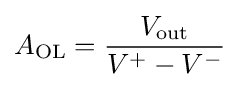
A_{\text{OL}}={\frac {V_{\text{out}}}{V^{+}-V^{-}}}